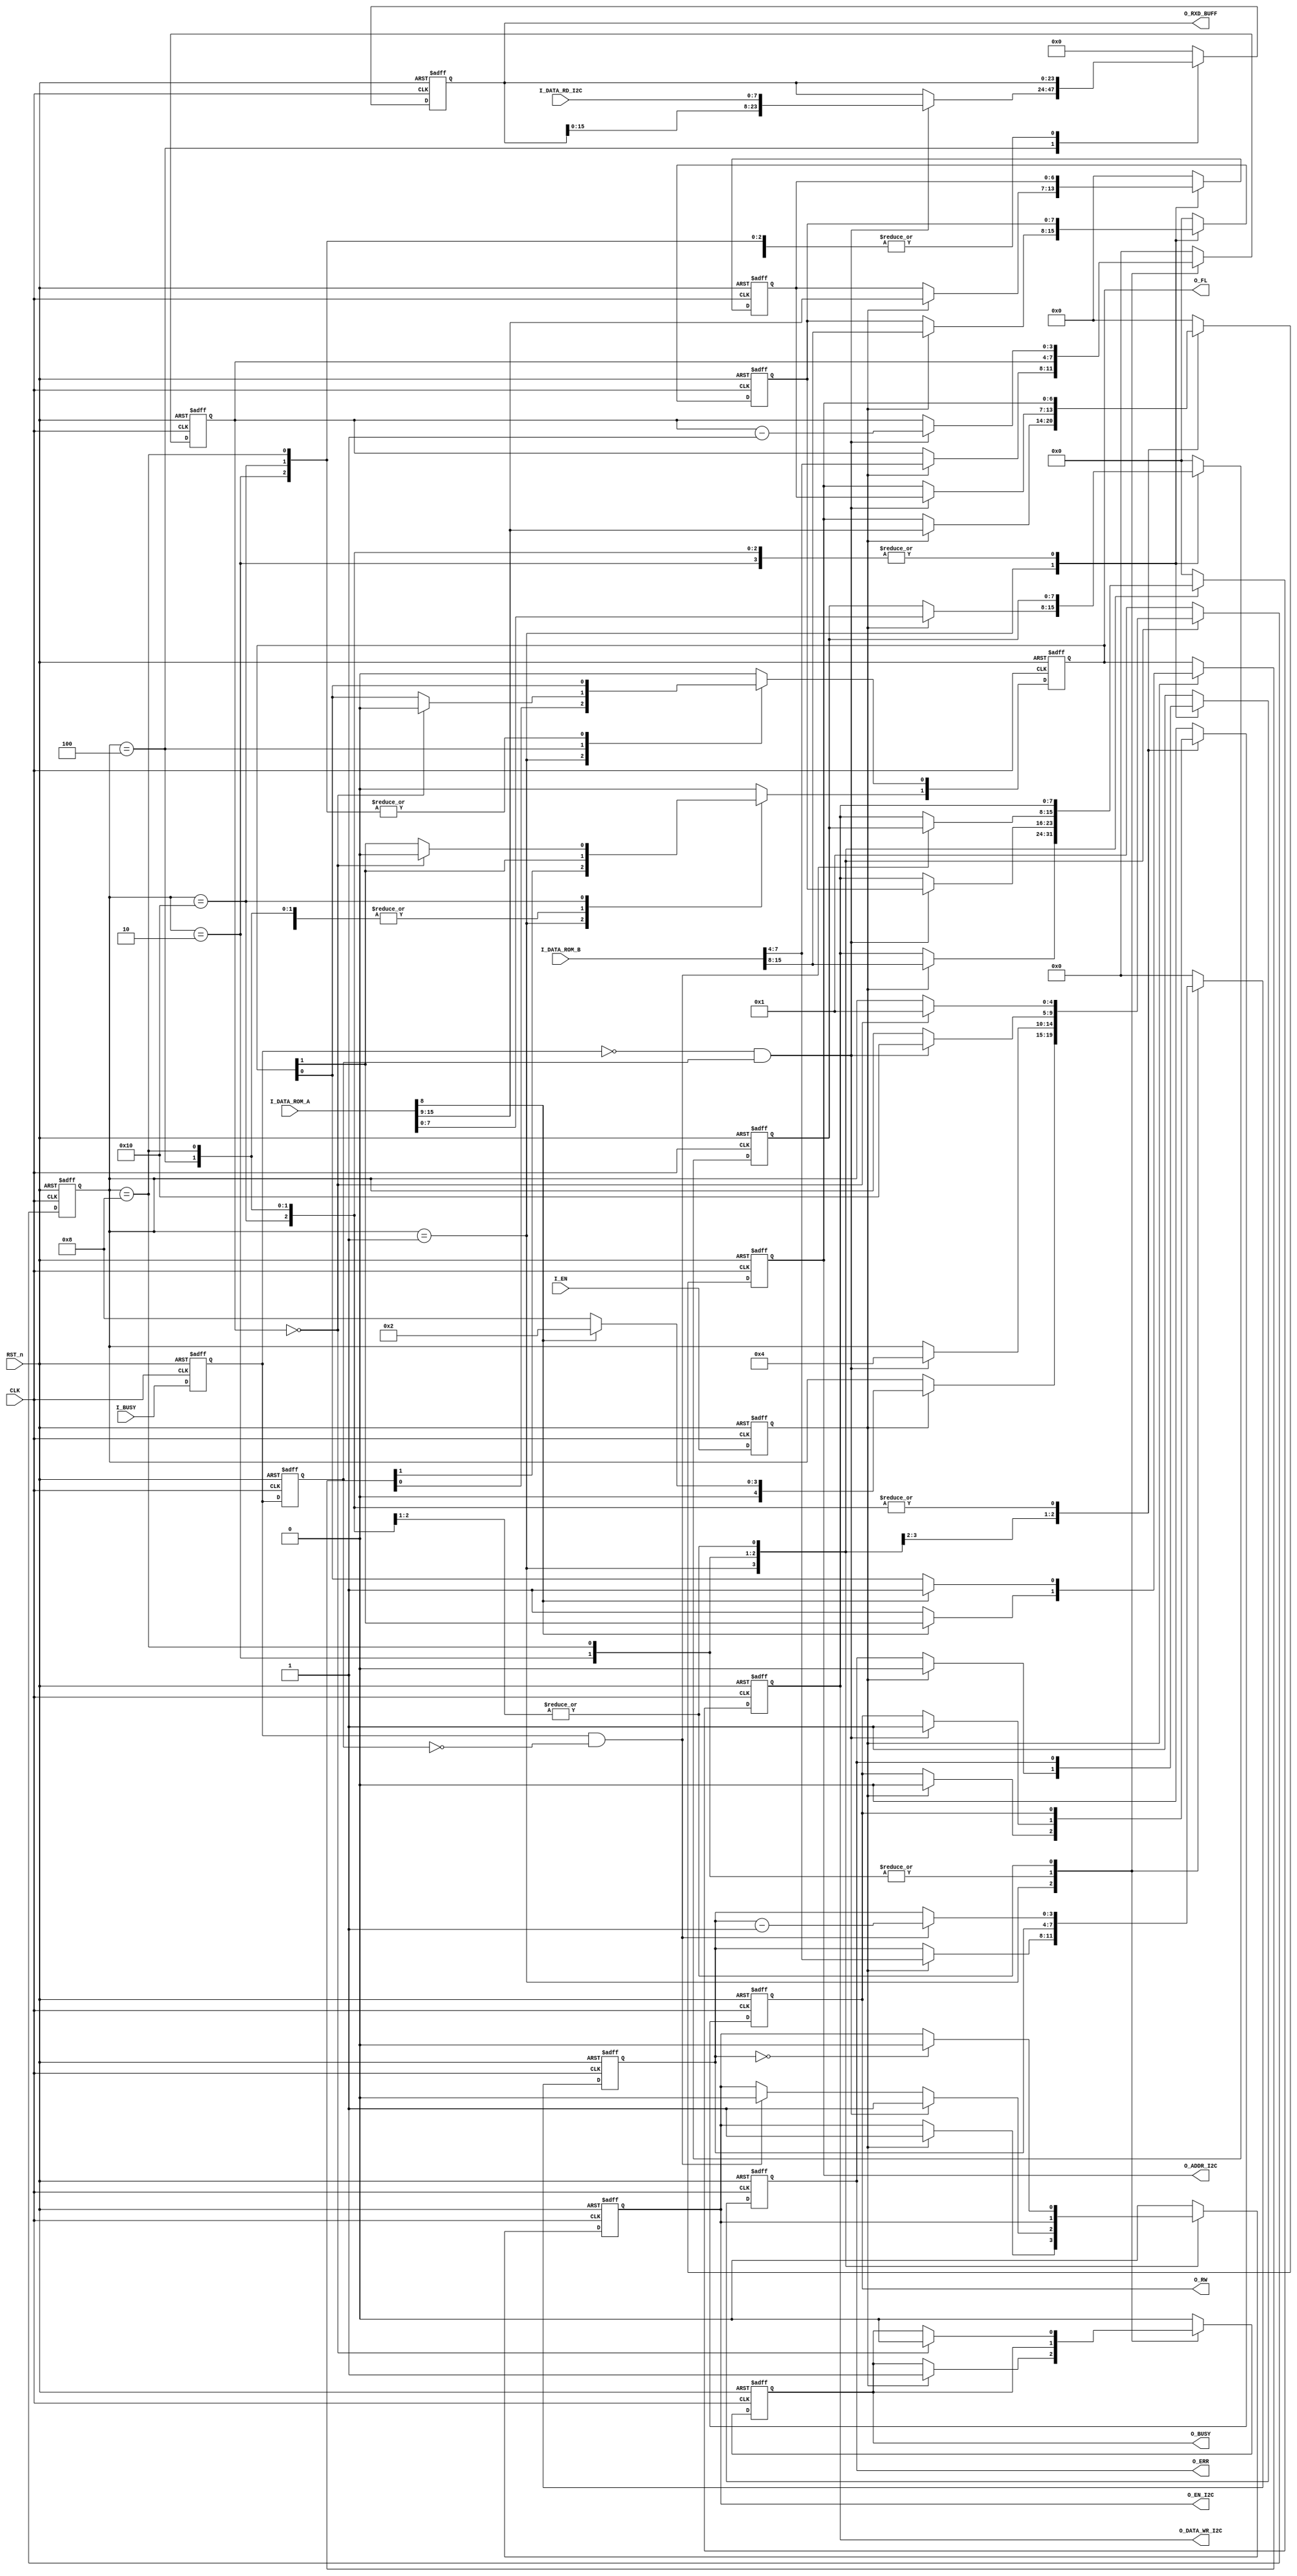
module controller
    #(parameter FPGA_CLK    = 50_000_000, // FPGA frequency 50 MHz
      parameter ADDR_I2C_SZ = 7,          // addr on I2C bus width
      parameter DATA_I2C_SZ = 8,          // data on I2C bus width
      parameter DATA_ROM_SZ = 16,         // word width in ROM 
      // parameter ADDR_ROM_SZ = 4,          // addr width in ROM 
      // parameter ADDR_OPM_SZ = 4,          // addr width in RAM 
      // parameter DATA_OPM_SZ = 16,         // word width in RAM      
      parameter RXD_SZ      = 24)         // buffer of received data from MPU_6050 (width)
    (CLK, RST_n, I_EN, I_DATA_ROM_A, I_DATA_ROM_B, I_DATA_RD_I2C, I_BUSY,
     O_EN_I2C, O_ADDR_I2C, O_RW, O_DATA_WR_I2C, O_RXD_BUFF, O_BUSY, O_FL, O_ERR);
   
   
//--------------------------------------------------------------------------    
    localparam FL_SZ         = 2; // command execution flag width
    localparam CNT_I_BUSY_SZ = 4; // counter I_BUSY width
//  description states FSM
    localparam ST_SZ     = 5;        // number of states FSM
    localparam IDLE      = 5'b00001; // waiting I_EN
    localparam RD_I2C_ST = 5'b00010; // start reading data from slave
    localparam RD_I2C_FN = 5'b00100; // finish reading data from slave
    localparam WR_I2C_ST = 5'b01000; // start writing data to slave
    localparam WR_I2C_FN = 5'b10000; // finish writing data to slave
//  input signals
    input wire                   CLK;           // clock 50 MHz
    input wire                   RST_n;         // asynchronous reset_n
    input wire                   I_EN;          // Enable controller
    input wire [DATA_ROM_SZ-1:0] I_DATA_ROM_A;  // word A in ROM    
    input wire [DATA_ROM_SZ-1:0] I_DATA_ROM_B;  // word B in ROM     
    input wire [DATA_I2C_SZ-1:0] I_DATA_RD_I2C; // readed data from I2C bus
    input wire                   I_BUSY;        // master I2C busy signal
//  output signals
    output reg                   O_EN_I2C;      // enable I2C bus   
    output reg [ADDR_I2C_SZ-1:0] O_ADDR_I2C;    // slave address on the I2C bus
    output reg                   O_RW;          // RW I2C bus 
    output reg [DATA_I2C_SZ-1:0] O_DATA_WR_I2C; // data for writing on I2C bus 
    output reg [RXD_SZ-1:0]      O_RXD_BUFF;    // buffer of received data from I2C bus
    output reg                   O_BUSY;        // Busy controller
    output reg [FL_SZ-1:0]       O_FL;          // command execution flag     
    output reg                   O_ERR;         // error state of FSM
//  internal signals
    reg [ST_SZ-1:0]         st;               // current state of FSM
    reg [ST_SZ-1:0]         nx_st;            // next state of FSM
    reg                     cr_i_busy;        // current I_BUSY
    reg                     pr_i_busy;        // previous I_BUSY
    wire                    rs_i_busy;        // rising edge I_BUSY
    wire                    fl_i_busy;        // falling edge I_BUSY
    reg [CNT_I_BUSY_SZ-1:0] cnt_rs_i_busy;    // rising edge counter I_BUSY
    reg [CNT_I_BUSY_SZ-1:0] nx_cnt_rs_i_busy; // next rising edge counter I_BUSY  
    reg [CNT_I_BUSY_SZ-1:0] cnt_fl_i_busy;    // falling edge counter I_BUSY
    reg [CNT_I_BUSY_SZ-1:0] nx_cnt_fl_i_busy; // next falling edge counter I_BUSY
    reg                     nx_o_en_i2c;      // next enable signal I2C bus   
    reg [ADDR_I2C_SZ-1:0]   nx_o_addr_i2c;    // next slave address on the I2C bus
    reg                     nx_o_rw;          // next RW I2C bus  
    reg [DATA_I2C_SZ-1:0]   nx_o_data_wr_i2c; // next data for writing on I2C bus
    reg [FL_SZ-1:0]         nx_o_fl;          // next command execution flag 
    reg                     nx_o_err;         // chip id error (MPU_6050) or error state of FSM
    reg                     nx_o_busy;        // next Busy controller        
    reg [RXD_SZ-1:0]        nx_o_rxd_buff;    // next buffer of received data from MPU_6050
    reg                     en_ctrl;          // enable controller
    reg [ADDR_I2C_SZ-1:0]   addr_i2c;         // latched slave addres on the I2C bus
    reg [ADDR_I2C_SZ-1:0]   nx_addr_i2c;      // next latched slave addres on the I2C bus
    reg                     rw;               // latched RW
    reg                     nx_rw;            // next latched RW
    reg [DATA_I2C_SZ-1:0]   slv_reg_addr;     // slave register address
    reg [DATA_I2C_SZ-1:0]   nx_slv_reg_addr;  // next slave register address    
    reg [DATA_I2C_SZ-1:0]   slv_reg_data;     // data to write slave to address
    reg [DATA_I2C_SZ-1:0]   nx_slv_reg_data;  // next data to write slave to address    
    
//  determining of rissing edge and falling edge I_BUSY
    assign rs_i_busy =  cr_i_busy & !pr_i_busy;
    assign fl_i_busy = !cr_i_busy &  pr_i_busy; 

//  determining the next state of FSM and singals    
    always @(*) begin
      nx_st = st;
      nx_cnt_rs_i_busy = cnt_rs_i_busy;
      nx_cnt_fl_i_busy = cnt_fl_i_busy;
      nx_o_en_i2c = O_EN_I2C;
      nx_o_addr_i2c = O_ADDR_I2C;
      nx_o_rw = O_RW;
      nx_o_data_wr_i2c = O_DATA_WR_I2C;
      nx_o_fl = O_FL;
      nx_o_err = O_ERR;    
      nx_o_busy = O_BUSY;
      nx_o_rxd_buff = O_RXD_BUFF;
      nx_addr_i2c = addr_i2c;
      nx_rw = rw;
      nx_slv_reg_addr = slv_reg_addr;
      nx_slv_reg_data = slv_reg_data;
      case (st)   
          IDLE           : begin
                             if (en_ctrl)
                               begin
                                 nx_addr_i2c = I_DATA_ROM_A[15:9];
                                 nx_rw = I_DATA_ROM_A[8];
                                 nx_slv_reg_data = I_DATA_ROM_A[7:0];
                                 nx_slv_reg_addr = I_DATA_ROM_B[15:8];
                                 nx_o_en_i2c = 1'b1;                   // start of a transaction on the I2C bus 
                                 nx_o_addr_i2c = I_DATA_ROM_A[15:9];   // setting slave addr on the I2C bus
                                 nx_o_rw = 1'b0;                       // write
                                 nx_o_busy = 1'b1;
                                 nx_o_data_wr_i2c = I_DATA_ROM_B[15:8];
                                 nx_o_err = 1'b0;
                                 nx_cnt_rs_i_busy = I_DATA_ROM_B[7:4];
                                 nx_cnt_fl_i_busy = I_DATA_ROM_B[7:4];
                                 if (!I_DATA_ROM_A[8])
                                   begin
                                     nx_o_fl[1] = 1'b1;                // to start state of reading
                                     nx_st = WR_I2C_ST;
                                   end
                                 else
                                   begin
                                     nx_o_fl[0] = 1'b1;                // to start state of writing
                                     nx_st = RD_I2C_ST;
                                   end                                  
                               end
                           end
          RD_I2C_ST      : begin
                             if (rs_i_busy)
                                 nx_o_en_i2c = 1'b0;              // stop of a transaction on the bus I2C         
                             if (fl_i_busy)  
                               begin
                                 nx_o_en_i2c = 1'b1;              // restart I2C bus
                                 nx_o_addr_i2c = addr_i2c;        // setting addr MPU_6050
                                 nx_o_rw = 1'b1;                  // read
                                 nx_o_data_wr_i2c = slv_reg_addr; 
                                 nx_st = RD_I2C_FN;
                               end                  
                           end
          RD_I2C_FN      : begin
                             if (fl_i_busy)
                               begin
                                 nx_cnt_fl_i_busy = cnt_fl_i_busy - 1'b1; 
                                 nx_o_rxd_buff = {O_RXD_BUFF[15:0], I_DATA_RD_I2C};
                               end
                             if (rs_i_busy)
                                 nx_cnt_rs_i_busy = cnt_rs_i_busy - 1'b1;
                             if (&(!cnt_rs_i_busy))                       // when = 0
                                 nx_o_en_i2c = 1'b0;                      // stop of a transaction on the bus I2C 
                             if (&(!cnt_fl_i_busy))                       // when = 0
                               begin
                                 nx_o_fl[0] = 1'b0;                       // finish state of reading
                                 nx_o_busy  = 1'b0;
                                 nx_st = IDLE;
                               end
                           end
          WR_I2C_ST      : begin
                             if (rs_i_busy)
                                 nx_o_data_wr_i2c = slv_reg_data;
                             if (fl_i_busy)
                                 nx_st = WR_I2C_FN;
                           end
          WR_I2C_FN      : begin
                             if (rs_i_busy)
                                 nx_cnt_rs_i_busy = cnt_rs_i_busy - 1'b1;
                             if (fl_i_busy)
                                 nx_cnt_fl_i_busy = cnt_fl_i_busy - 1'b1;
                             if (&(!cnt_rs_i_busy))                       // when = 0
                                 nx_o_en_i2c = 1'b0;
                             if (&(!cnt_fl_i_busy))                       // when = 0
                               begin
                                 nx_o_fl[1] = 1'b0;                       // finish state of writing
                                 nx_o_busy  = 1'b0;
                                 nx_st = IDLE;
                               end
                           end                        
          default        : begin
                             nx_st = IDLE;
                             nx_cnt_rs_i_busy = {CNT_I_BUSY_SZ{1'b0}};
                             nx_cnt_fl_i_busy = {CNT_I_BUSY_SZ{1'b0}};
                             nx_o_en_i2c = 1'b0;
                             nx_o_addr_i2c = {ADDR_I2C_SZ{1'b0}};
                             nx_o_rw = 1'b0;
                             nx_o_data_wr_i2c = {DATA_I2C_SZ{1'b0}};
                             nx_o_fl = {FL_SZ{1'b0}};
                             nx_o_err = 1'b1;
                             nx_o_busy  = 1'b0;                             
                             nx_o_rxd_buff = {RXD_SZ{1'b0}};
                             nx_addr_i2c = {ADDR_I2C_SZ{1'b0}};
                             nx_rw = 1'b0;
                             nx_slv_reg_addr = {DATA_I2C_SZ{1'b0}};
                             nx_slv_reg_data = {DATA_I2C_SZ{1'b0}};
                           end
      endcase                           
    end         
    
//  latching the next state of FSM and signals, every clock     
    always @(posedge CLK or negedge RST_n) begin
      if (!RST_n)
        begin
          st            <= IDLE;     
          en_ctrl       <= 1'b0;
          cr_i_busy     <= 1'b0;
          pr_i_busy     <= 1'b0;
          cnt_rs_i_busy <= {CNT_I_BUSY_SZ{1'b0}};
          cnt_fl_i_busy <= {CNT_I_BUSY_SZ{1'b0}};
          O_EN_I2C      <= 1'b0;       
          O_ADDR_I2C    <= {ADDR_I2C_SZ{1'b0}};
          O_RW          <= 1'b0;
          O_DATA_WR_I2C <= {DATA_I2C_SZ{1'b0}};
          O_FL          <= {FL_SZ{1'b0}};
          O_ERR         <= 1'b0;
          O_BUSY        <= 1'b0;
          O_RXD_BUFF    <= {RXD_SZ{1'b0}};
          addr_i2c      <= {ADDR_I2C_SZ{1'b0}};
          rw            <= 1'b0;
          slv_reg_addr  <= {DATA_I2C_SZ{1'b0}};
          slv_reg_data  <= {DATA_I2C_SZ{1'b0}};
        end
      else
        begin
          st            <= nx_st;        
          en_ctrl       <= I_EN;
          cr_i_busy     <= I_BUSY;
          pr_i_busy     <= cr_i_busy; 
          cnt_rs_i_busy <= nx_cnt_rs_i_busy;
          cnt_fl_i_busy <= nx_cnt_fl_i_busy;
          O_EN_I2C      <= nx_o_en_i2c;          
          O_ADDR_I2C    <= nx_o_addr_i2c;
          O_RW          <= nx_o_rw;
          O_DATA_WR_I2C <= nx_o_data_wr_i2c;
          O_FL          <= nx_o_fl;
          O_ERR         <= nx_o_err;
          O_BUSY        <= nx_o_busy;
          O_RXD_BUFF    <= nx_o_rxd_buff;  
          addr_i2c      <= nx_addr_i2c;
          rw            <= nx_rw;
          slv_reg_addr  <= nx_slv_reg_addr;
          slv_reg_data  <= nx_slv_reg_data;
        end
    end
 
    
endmodule